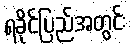
ရခိုင်ပြည်အတွင်း